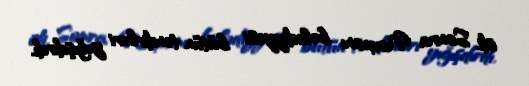
idi. Sonra Novxanı bələdiyyəsi bütün təndirləri yığışdırdı.